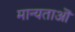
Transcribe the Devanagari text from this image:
मान्यताऒं